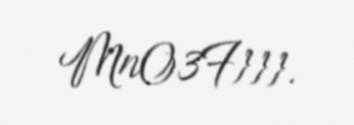
MnO3F}}}.